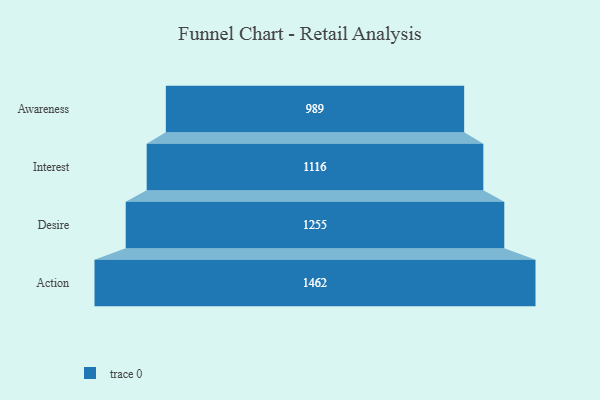
{"axis": {"x": "Stage", "y": "Value"}, "legend": [""], "data": [{"x": "Awareness", "y": 989.0, "type": ""}, {"x": "Interest", "y": 1116.0, "type": ""}, {"x": "Desire", "y": 1255.0, "type": ""}, {"x": "Action", "y": 1462.0, "type": ""}]}